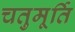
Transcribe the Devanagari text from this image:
चतुमूर्ति